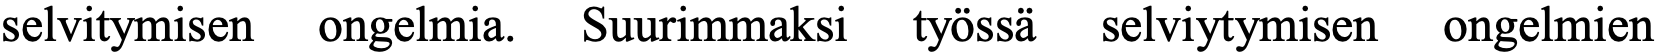
selvitymisen ongelmia. Suurimmaksi työssä selviytymisen ongelmien